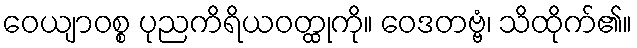
ဝေယျာဝစ္စ ပုညကိရိယဝတ္ထုကို။ ဝေဒတဗ္ဗံ၊ သိထိုက်၏။